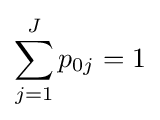
\sum _{j=1}^{J}p_{0j}=1